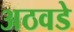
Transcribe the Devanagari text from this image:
अठवडे